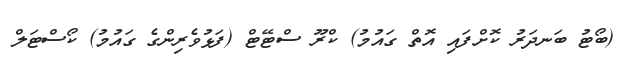
(ބޯޓު ބަނދަރު ކޮށްފައި އޮތް ގައުމު) ކްރޫ ސްޓޭޓް (ފަޅުވެރިންގެ ގައުމު) ކޯސްޓަލް